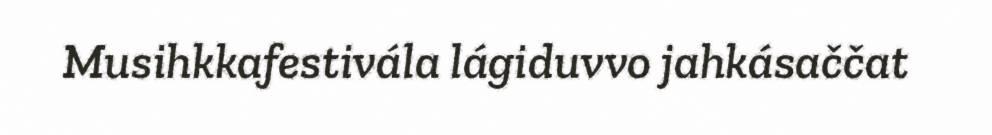
Musihkkafestivála lágiduvvo jahkásaččat